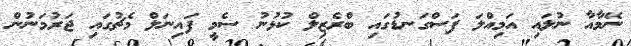
ނޭމާއާ ނުލައި އަމިއްލަ ފަސްގަނޑުގައި ބްރެޒިލް ކުޅުނު ސެމީ ފަައިނަލް މެޗުގައި ޖަރުމަނުން